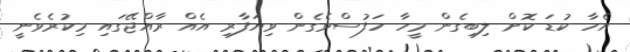
އެހާ ކުޑަ ކޮށް ލިބިގެން މީހާ ހަފުސްވެގެން ވިޔަފާރި އެއް ރާއްޖޭގައި މިކުރެވެނީ